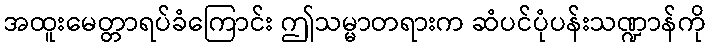
အထူးမေတ္တာရပ်ခံကြောင်း ဤသမ္မာတရားက ဆံပင်ပုံပန်းသဏ္ဍာန်ကို